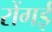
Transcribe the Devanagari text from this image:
रोंगई